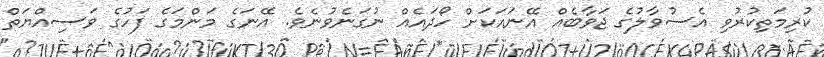
ކުރިމަތިކުރުވި އެސުވާލުގެ ޖަވާބެއް އޭނައަކަށް ހޯދައެއް ނުގަނެވުނެވެ. އޭނަގެ މަންމަގެ ފަހުގެ ވަސިއްޔަތް